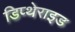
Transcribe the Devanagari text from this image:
डिप्थेराइड